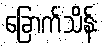
ခြောက်သိန်း